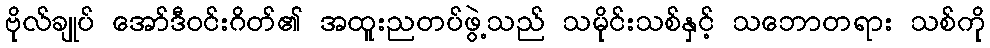
ဗိုလ်ချုပ် အော်ဒီဝင်းဂိတ်၏ အထူးညတပ်ဖွဲ့သည် သမိုင်းသစ်နှင့် သဘောတရား သစ်ကို